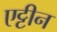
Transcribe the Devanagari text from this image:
एट्टीन